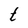
Character: t